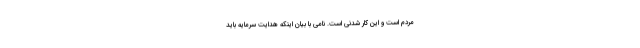
مردم است و این کار شدنی است. نامی با بیان اینکه هدایت سرمایه باید